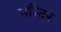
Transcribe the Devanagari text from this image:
मंन्दिर